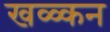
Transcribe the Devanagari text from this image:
खळ्कन